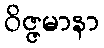
ဝိဇ္ဇမာနာ